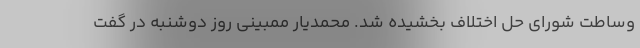
وساطت شورای حل اختلاف بخشیده شد. محمدیار ممبینی روز دوشنبه در گفت